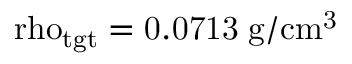
\mathrm { \ r h o _ { t g t } = 0 . 0 7 1 3 \; \mathrm { g / c m ^ { 3 } } }